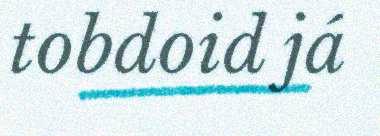
tobdoid já